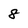
Character: 8